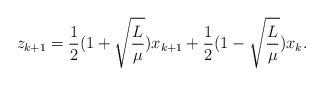
LaTeX: \begin{align*}z_{k+1}=\frac{1}{2}(1+\sqrt{\frac{L}{\mu}})x_{k+1}+\frac{1}{2}(1-\sqrt{\frac{L}{\mu}})x_k.\end{align*}